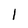
Character: 1